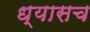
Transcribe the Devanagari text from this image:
ध्यासच